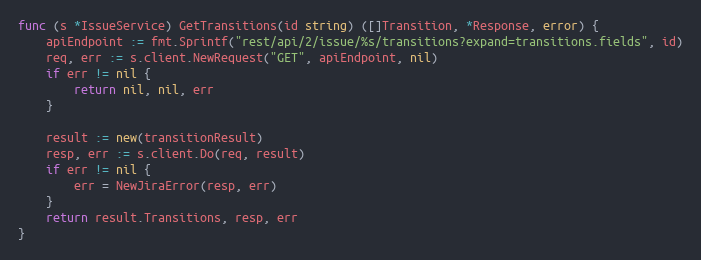
Language: Go
func (s *IssueService) GetTransitions(id string) ([]Transition, *Response, error) {
	apiEndpoint := fmt.Sprintf("rest/api/2/issue/%s/transitions?expand=transitions.fields", id)
	req, err := s.client.NewRequest("GET", apiEndpoint, nil)
	if err != nil {
		return nil, nil, err
	}

	result := new(transitionResult)
	resp, err := s.client.Do(req, result)
	if err != nil {
		err = NewJiraError(resp, err)
	}
	return result.Transitions, resp, err
}